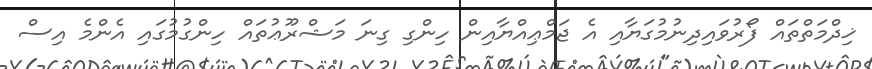
ޚިދްމަތްތައް ފޯރުވައިދިނުމުގަޔާއި އެ ޖަމްޢިއްޔާއިން ހިންގި ގިނަ މަޝްރޫޢުތައް ހިންގުމުގައި އެންމެ އިސް